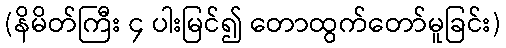
(နိမိတ်ကြီး ၄ ပါးမြင်၍ တောထွက်တော်မူခြင်း)